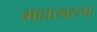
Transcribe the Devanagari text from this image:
बाह्यस्वरुप